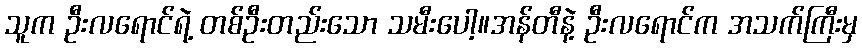
သူက ဦးလရောင်ရဲ့ တစ်ဦးတည်းသော သမီးပေါ့။အန်တီနဲ့ ဦးလရောင်က အသက်ကြီးမှ